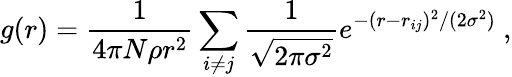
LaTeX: g(r)=\frac{1}{4\pi N\rho r^{2}}\sum_{i\neq j}\frac{1}{\sqrt{2\pi\sigma^{2}}}e^{-(r-r_{ij})^{2}/(2\sigma^{2})}~,